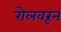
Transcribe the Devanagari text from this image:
रोलवरून